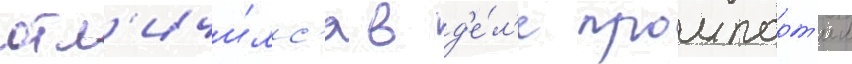
отл'ичи́лс'я в д'е́л'е промпарт'ии